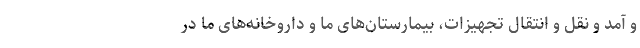
و آمد و نقل و انتقال تجهیزات، بیمارستان‌های ما و داروخانه‌های ما در